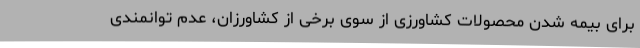
برای بیمه شدن محصولات کشاورزی از سوی برخی از کشاورزان، عدم توانمندی